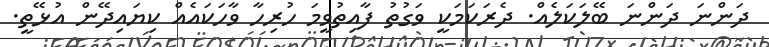
ދަންނަ ދަންނަ ބޭލަކަލެއް. ދެރަކަމަކީ ވަގުތު ފާއިތުވީމަ ހުރިހާ ވާހަކައެއް ކިޔައިދޭން އުޅޭތީ.